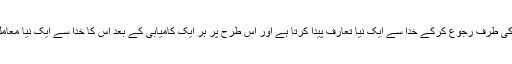
مگر مومن خداتعالیٰ کی طرف رجوع کرکے خدا سے ایک نیا تعارف پیدا کرتا ہے اور اس طرح پر ہر ایک کامیابی کے بعد اس کا خدا سے ایک نیا معاملہ شروع ہو جاتا ہے۔